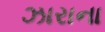
ઝારાના